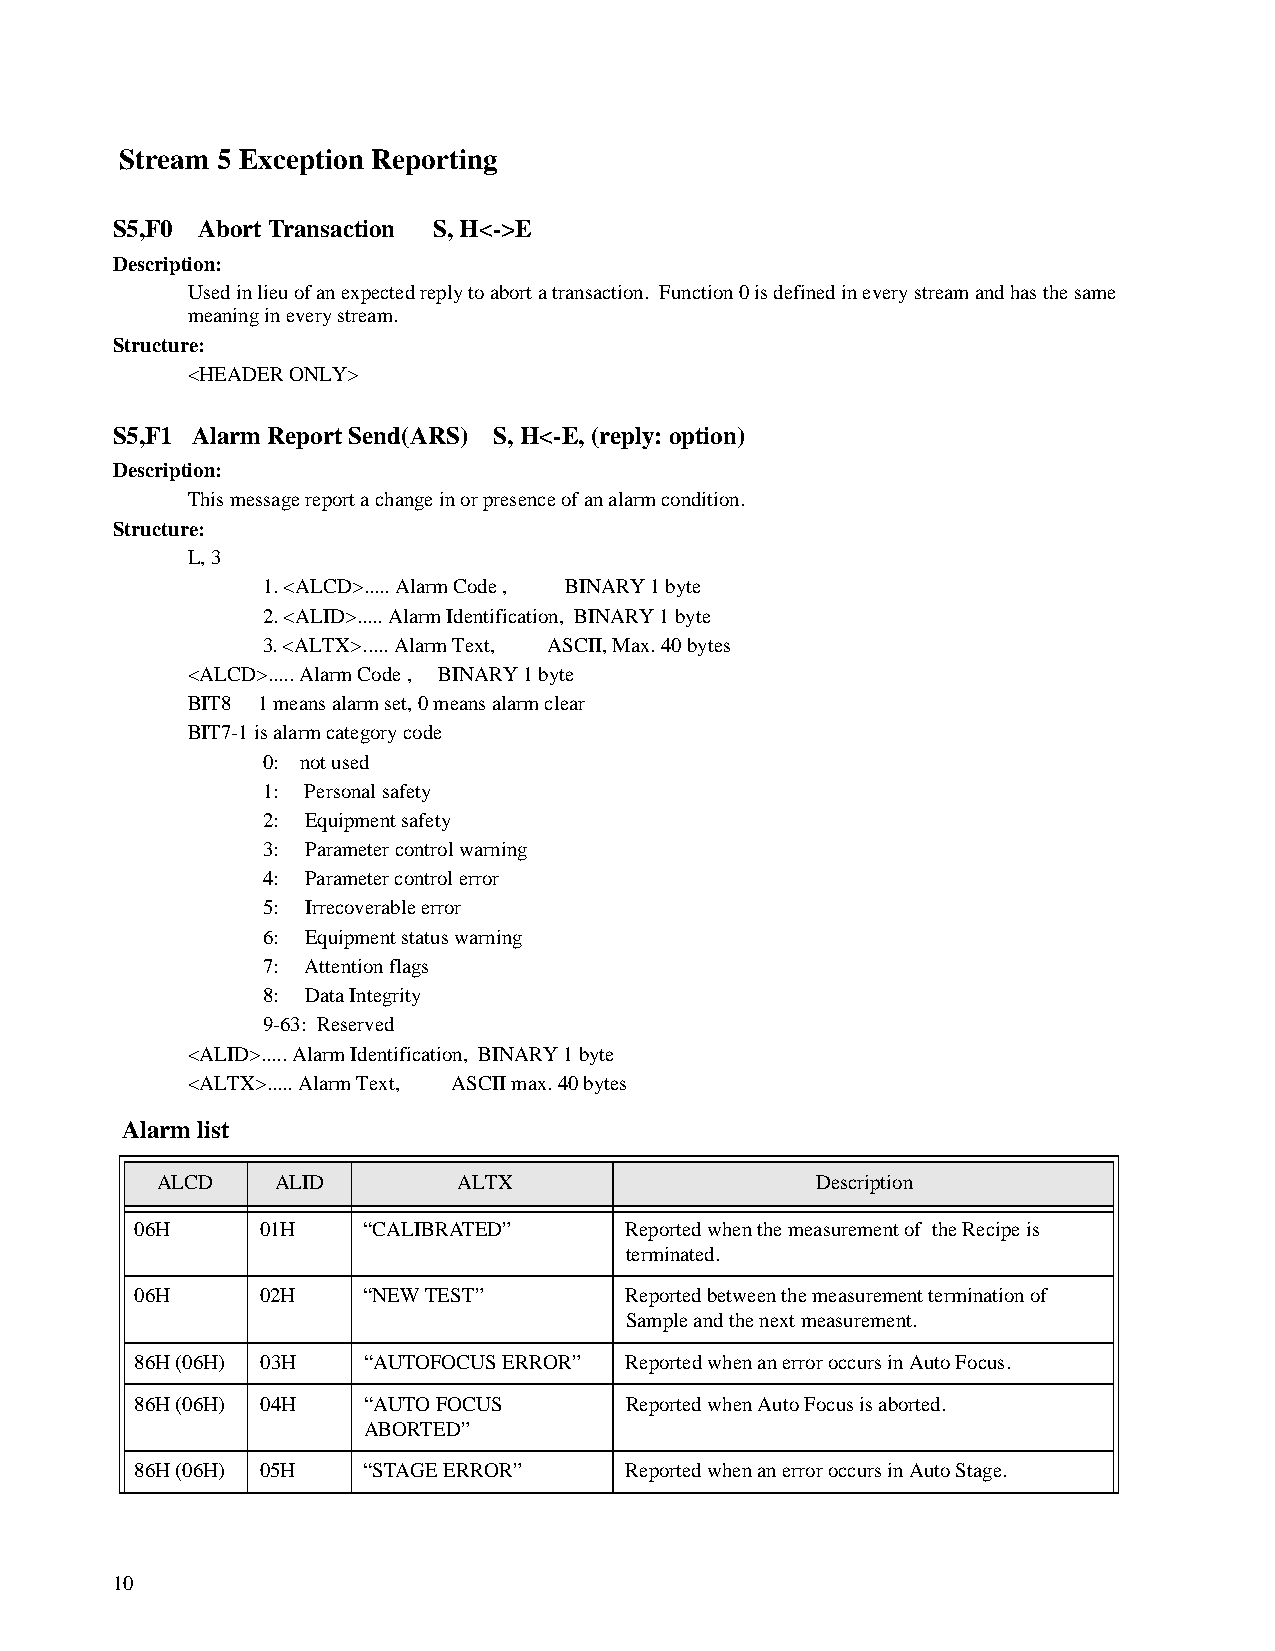
Stream 5 Exception Reporting
 S5,F0 Abort Transaction S, H<->E
 Description:
 Used in lieu of an expected reply to abort a transaction. Function 0 is defined in every stream and has the same
 meaning in every stream.
 Structure:
 <HEADER ONLY>
 S5,F1 Alarm Report Send(ARS) S, H<-E, (reply: option)
 Description:
 This message report a change in or presence of an alarm condition.
 Structure:
 L, 3
 1. <ALCD>..... Alarm Code , BINARY 1 byte
 2. <ALID>..... Alarm Identification, BINARY 1 byte
 3. <ALTX>..... Alarm Text, ASCII, Max. 40 bytes
 <ALCD>..... Alarm Code , BINARY 1 byte
 BIT8 1 means alarm set, 0 means alarm clear
 BIT7-1 is alarm category code
 0: not used
 1: Personal safety
 2: Equipment safety
 3: Parameter control warning
 4: Parameter control error
 5: Irrecoverable error
 6: Equipment status warning
 7: Attention flags
 8: Data Integrity
 9-63: Reserved
 <ALID>..... Alarm Identification, BINARY 1 byte
 <ALTX>..... Alarm Text, ASCII max. 40 bytes
 Alarm list
 ALCD    ALID        ALTX                    Description
 06H     01H    “CALIBRATED”     Reported when the measurement of the Recipe is
 terminated.
 06H     02H    “NEW TEST”       Reported between the measurement termination of
 Sample and the next measurement.
 86H (06H) 03H  “AUTOFOCUS ERROR” Reported when an error occurs in Auto Focus.
 86H (06H) 04H  “AUTO FOCUS      Reported when Auto Focus is aborted.
 ABORTED”
 86H (06H) 05H  “STAGE ERROR”    Reported when an error occurs in Auto Stage.
 10